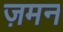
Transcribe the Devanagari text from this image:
ज़मन